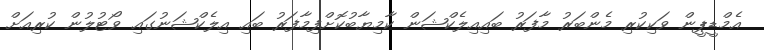
އެމްޑީޕީން ވަކިކުރި މެންބަރު މާފަރު ބައިއިލެކްޝަން ކާމިޔާބުކޮށްފިމާފަރު ބައި އިލެކްޝަނުގައި ވޯޓުލުން ކުރިއަށް